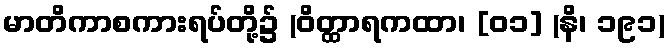
မာတိကာစကားရပ်တို့၌ (ဝိတ္ထာရကထာ၊ [၀၁] (နိ၊ ၁၉၁)